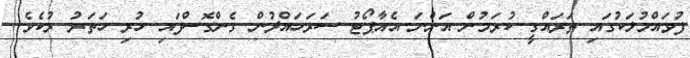
ފުވައްމުލަކުގައި ތަރައްގީ ކުރަމުން އަންނަ އެއާޕޯޓު ސަރަހައްދުން ގެންގޮސްފައި ހުރި ހަތަރު ރުކެވެ.